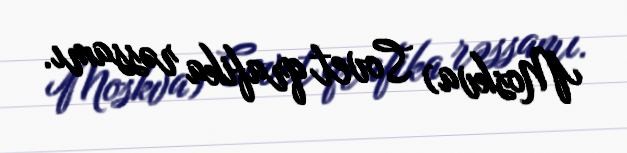
Moskva) Sovet qrafika rəssamı.